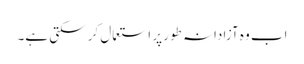
اب وہ آزادانہ طور پر استعمال کر سکتی ہے۔